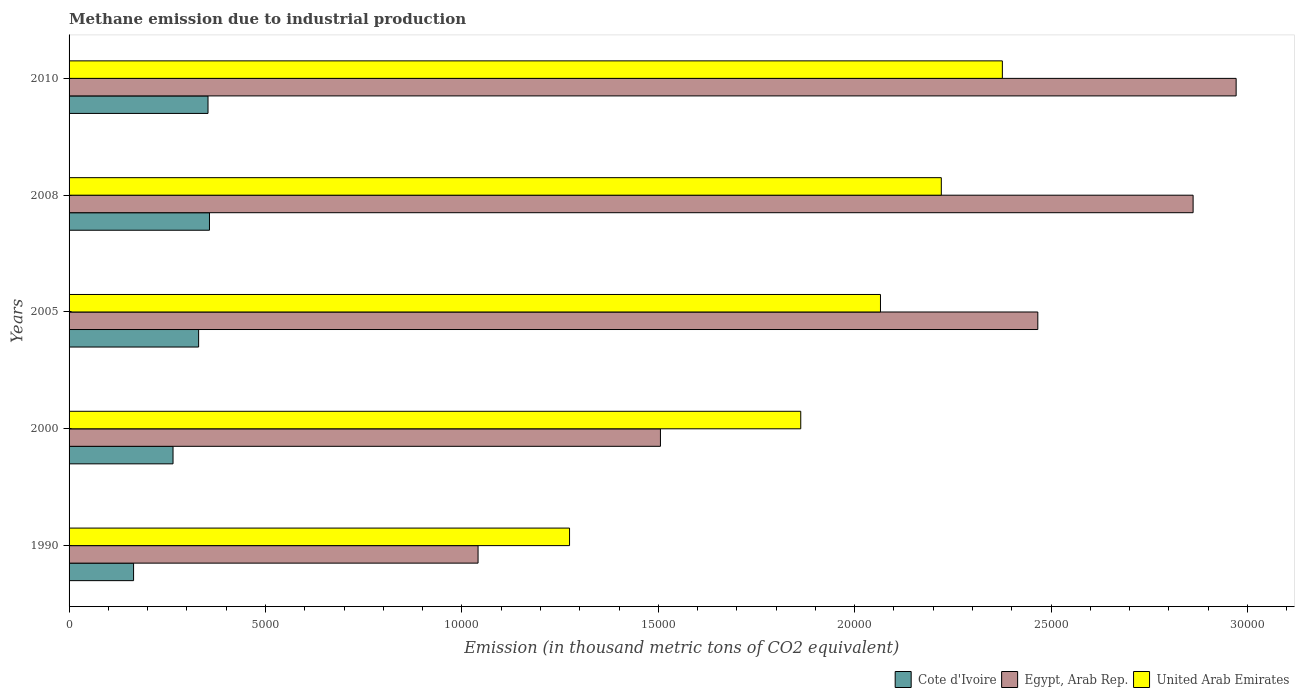
| Years | Cote d'Ivoire | Egypt, Arab Rep. | United Arab Emirates |
 | --- | --- | --- | --- |
 | 1990 | 1.64e+03 | 1.04e+04 | 1.27e+04 |
 | 2000 | 2.65e+03 | 1.51e+04 | 1.86e+04 |
 | 2005 | 3.3e+03 | 2.47e+04 | 2.07e+04 |
 | 2008 | 3.57e+03 | 2.86e+04 | 2.22e+04 |
 | 2010 | 3.54e+03 | 2.97e+04 | 2.38e+04 |